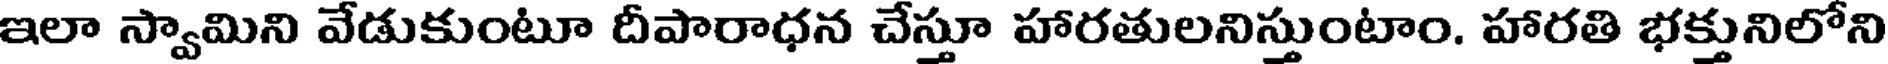
ఇలా స్వామిని వేడుకుంటూ దీపారాధన చేస్తూ హారతులనిస్తుంటాం. హారతి భక్తునిలోని